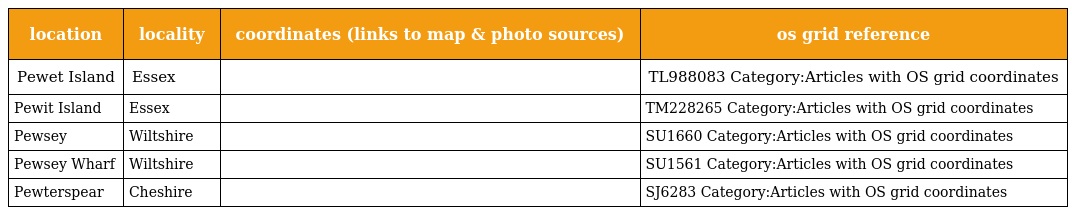
| location | locality | coordinates (links to map & photo sources) | os grid reference |
 | --- | --- | --- | --- |
 | Pewet Island | Essex |  | TL988083 Category:Articles with OS grid coordinates |
 | Pewit Island | Essex |  | TM228265 Category:Articles with OS grid coordinates |
 | Pewsey | Wiltshire |  | SU1660 Category:Articles with OS grid coordinates |
 | Pewsey Wharf | Wiltshire |  | SU1561 Category:Articles with OS grid coordinates |
 | Pewterspear | Cheshire |  | SJ6283 Category:Articles with OS grid coordinates |